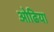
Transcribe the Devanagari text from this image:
ओढिया